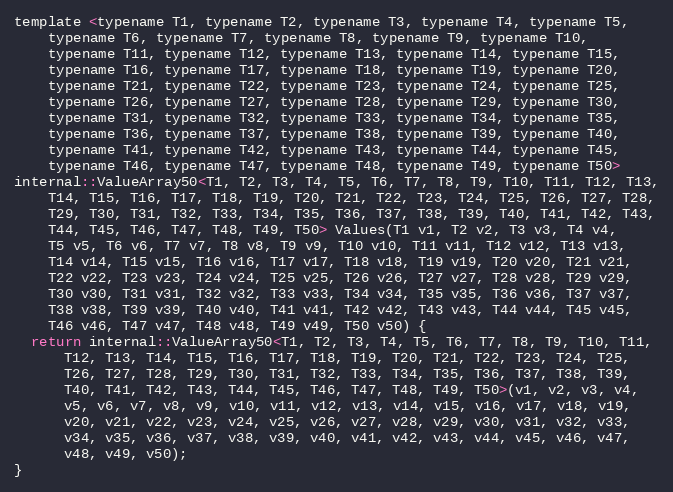
Language: C
template <typename T1, typename T2, typename T3, typename T4, typename T5,
    typename T6, typename T7, typename T8, typename T9, typename T10,
    typename T11, typename T12, typename T13, typename T14, typename T15,
    typename T16, typename T17, typename T18, typename T19, typename T20,
    typename T21, typename T22, typename T23, typename T24, typename T25,
    typename T26, typename T27, typename T28, typename T29, typename T30,
    typename T31, typename T32, typename T33, typename T34, typename T35,
    typename T36, typename T37, typename T38, typename T39, typename T40,
    typename T41, typename T42, typename T43, typename T44, typename T45,
    typename T46, typename T47, typename T48, typename T49, typename T50>
internal::ValueArray50<T1, T2, T3, T4, T5, T6, T7, T8, T9, T10, T11, T12, T13,
    T14, T15, T16, T17, T18, T19, T20, T21, T22, T23, T24, T25, T26, T27, T28,
    T29, T30, T31, T32, T33, T34, T35, T36, T37, T38, T39, T40, T41, T42, T43,
    T44, T45, T46, T47, T48, T49, T50> Values(T1 v1, T2 v2, T3 v3, T4 v4,
    T5 v5, T6 v6, T7 v7, T8 v8, T9 v9, T10 v10, T11 v11, T12 v12, T13 v13,
    T14 v14, T15 v15, T16 v16, T17 v17, T18 v18, T19 v19, T20 v20, T21 v21,
    T22 v22, T23 v23, T24 v24, T25 v25, T26 v26, T27 v27, T28 v28, T29 v29,
    T30 v30, T31 v31, T32 v32, T33 v33, T34 v34, T35 v35, T36 v36, T37 v37,
    T38 v38, T39 v39, T40 v40, T41 v41, T42 v42, T43 v43, T44 v44, T45 v45,
    T46 v46, T47 v47, T48 v48, T49 v49, T50 v50) {
  return internal::ValueArray50<T1, T2, T3, T4, T5, T6, T7, T8, T9, T10, T11,
      T12, T13, T14, T15, T16, T17, T18, T19, T20, T21, T22, T23, T24, T25,
      T26, T27, T28, T29, T30, T31, T32, T33, T34, T35, T36, T37, T38, T39,
      T40, T41, T42, T43, T44, T45, T46, T47, T48, T49, T50>(v1, v2, v3, v4,
      v5, v6, v7, v8, v9, v10, v11, v12, v13, v14, v15, v16, v17, v18, v19,
      v20, v21, v22, v23, v24, v25, v26, v27, v28, v29, v30, v31, v32, v33,
      v34, v35, v36, v37, v38, v39, v40, v41, v42, v43, v44, v45, v46, v47,
      v48, v49, v50);
}